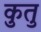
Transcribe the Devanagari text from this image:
कुतु